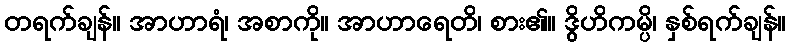
တရက်ချန်။ အာဟာရံ၊ အစာကို။ အာဟာရေတိ၊ စား၏။ ဒွိဟိကမ္ပိ၊ နှစ်ရက်ချန်။